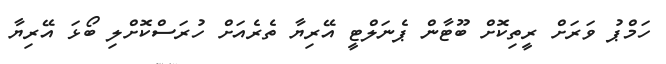
ހަމްޕު ވަރަށް ރީތިކޮށް ބޫޓާން ޕެނަލްޓީ އޭރިޔާ ތެރެއަށް ހުރަސްކޮށްލި ބޯޅަ އޭރިޔާ